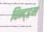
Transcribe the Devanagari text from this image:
विन्द्हम